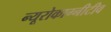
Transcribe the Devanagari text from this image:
न्यूरोकाग्नीटीव